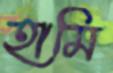
হামি